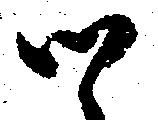
候